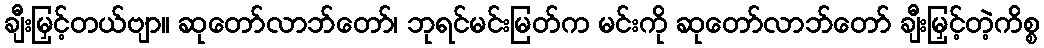
ချီးမြှင့်တယ်ဗျာ။ ဆုတော်လာဘ်တော်၊ ဘုရင်မင်းမြတ်က မင်းကို ဆုတော်လာဘ်တော် ချီးမြှင့်တဲ့ကိစ္စ